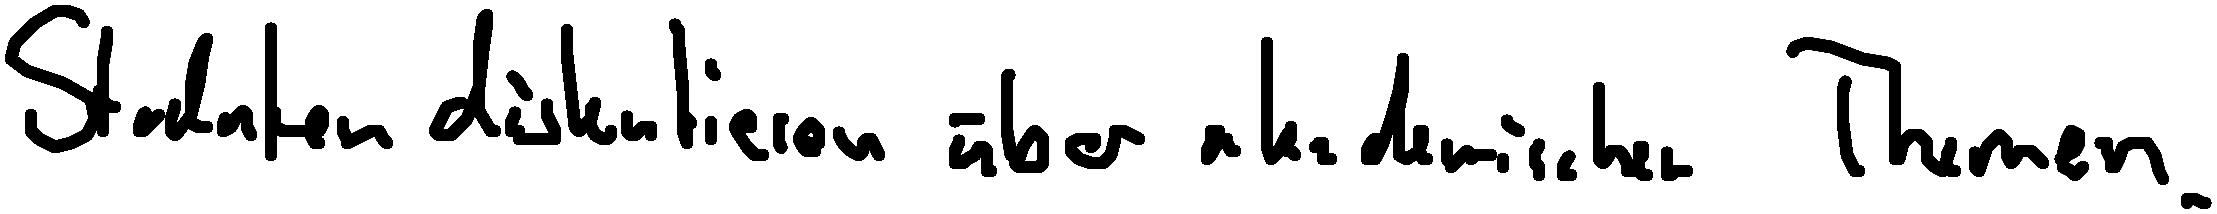
Studenten diskutieren über akademische Themen.